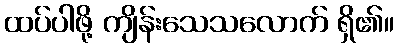
ထပ်ပါဖို့ ကျိန်းသေသလောက် ရှိ၏။